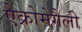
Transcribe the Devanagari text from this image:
ऐक्रोमेगैली